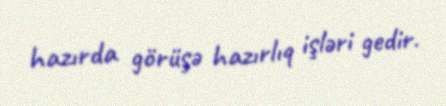
hazırda görüşə hazırlıq işləri gedir.